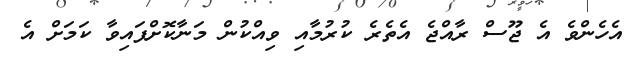
އެހެންވެ އެ ޖޫސް ރާއްޖެ އެތެރެ ކުރުމާއި ވިއްކުން މަނާކޮށްފައިވާ ކަމަށް އެ